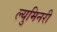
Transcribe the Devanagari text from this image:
ल्युमिनरी